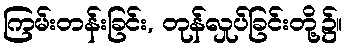
ကြမ်းတန်းခြင်း, တုန်လှုပ်ခြင်းတို့၌။